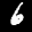
Label: 6